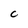
Character: C